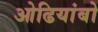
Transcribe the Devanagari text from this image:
ओढियांबो